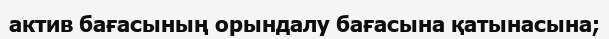
актив бағасының орындалу бағасына қатынасына;